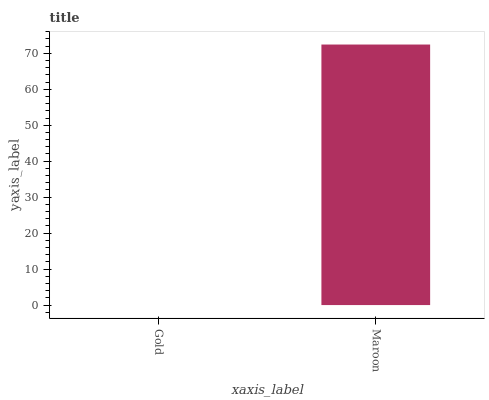
| xaxis_label | bars |
 | --- | --- |
 | Gold | 0 |
 | Maroon | 72.4 |